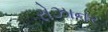
રોઝાનર